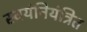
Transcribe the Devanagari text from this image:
स्वयंनियंत्रित